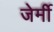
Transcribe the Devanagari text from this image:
जेर्मी